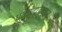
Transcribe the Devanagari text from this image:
ध्यायेदाजानुबाहुं